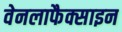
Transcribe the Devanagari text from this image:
वेनलाफैक्साइन